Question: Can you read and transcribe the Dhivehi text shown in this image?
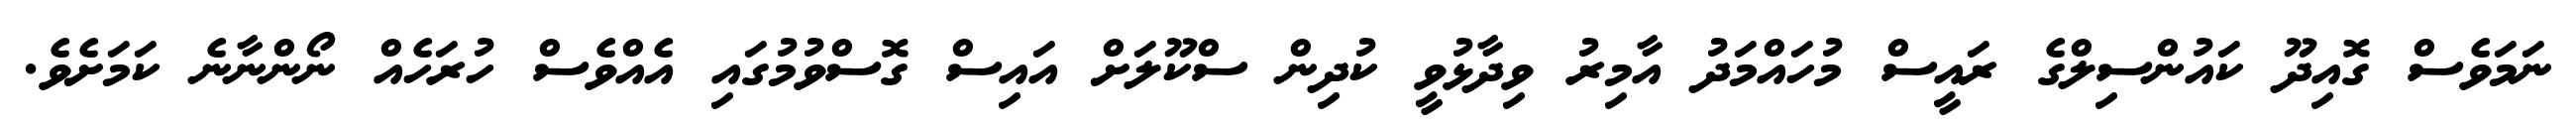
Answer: ނަމަވެސް ގޮއިދޫ ކައުންސިލްގެ ރައީސް މުހައްމަދު އާމިރު ވިދާޅުވީ ކުދިން ސްކޫލަށް އައިސް ގޮސްވުމުގައި އެއްވެސް ހުރަހެއް ނޯންނާނެ ކަމަށެވެ.